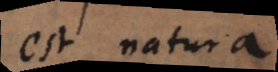
est natura